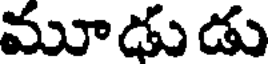
మూఢుడు